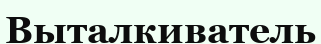
Выталкиватель